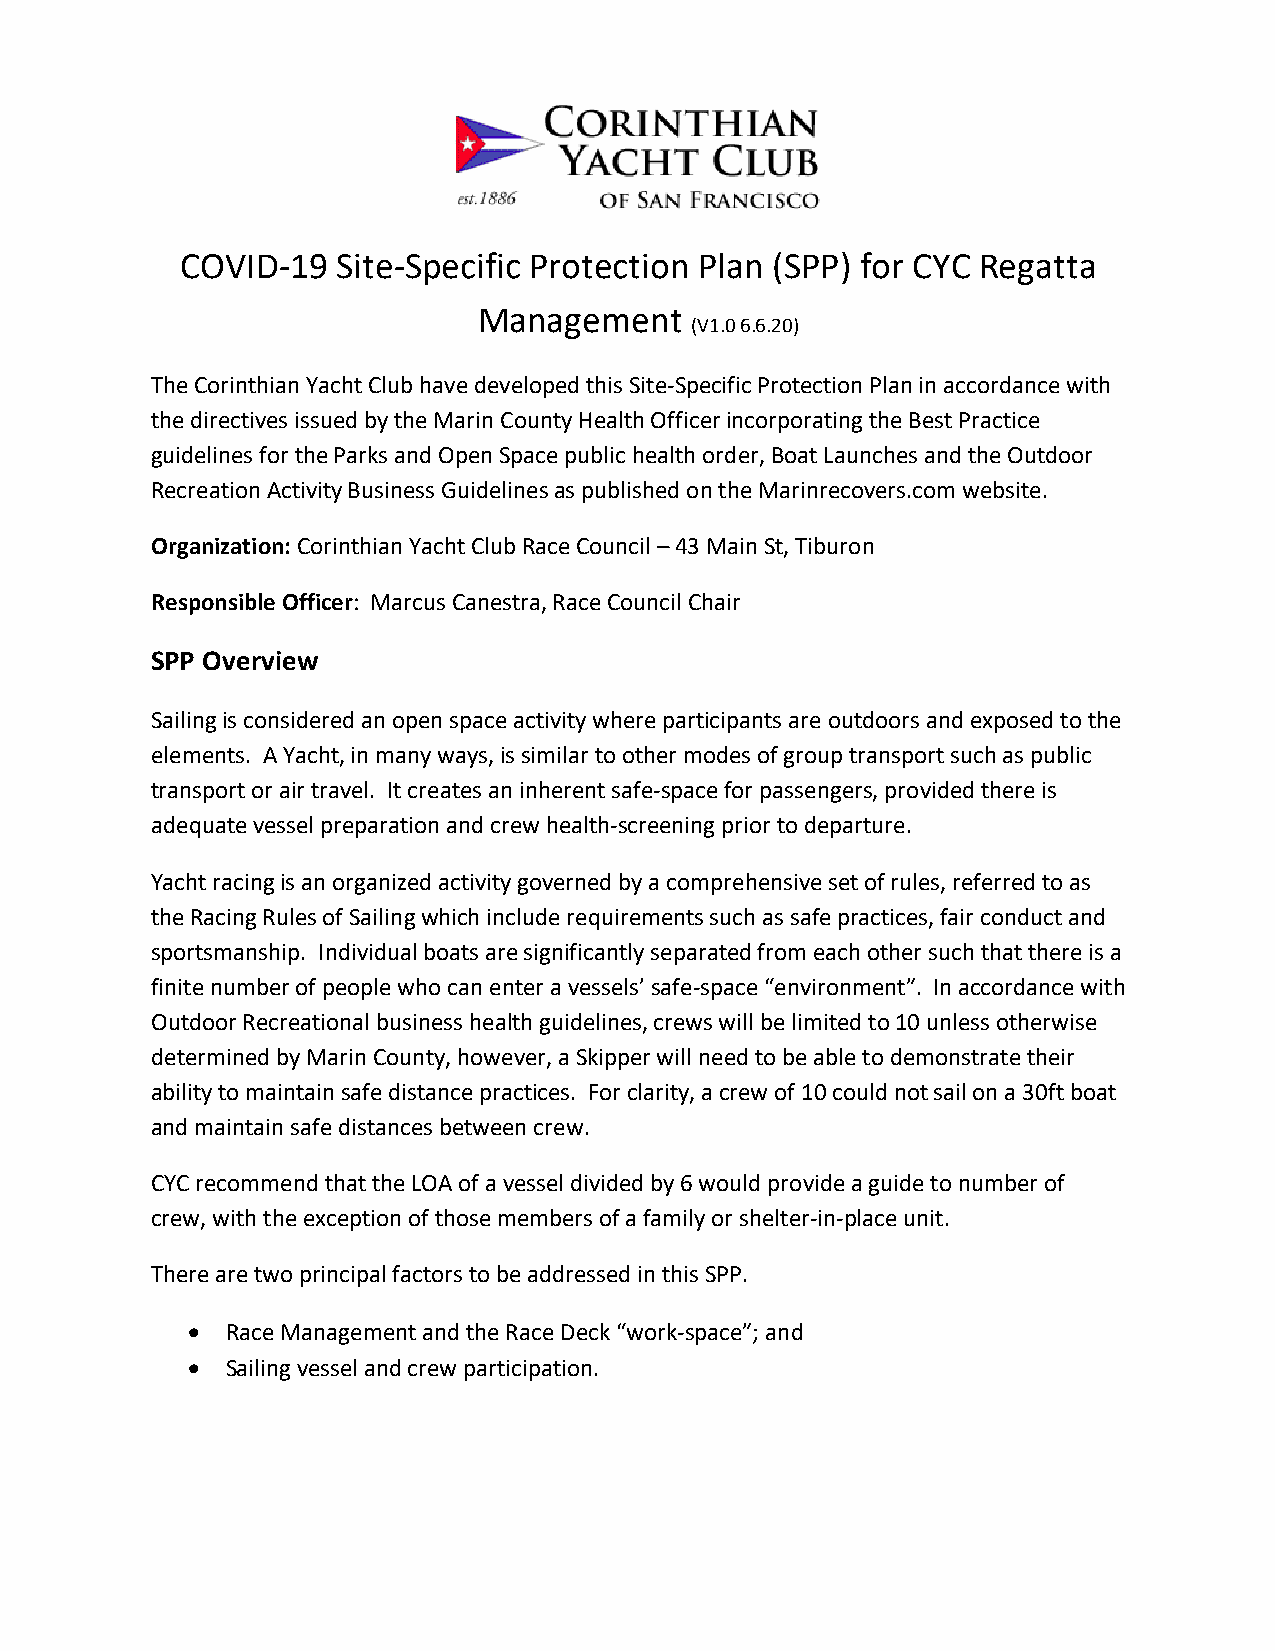
COVID-19  Site-Specific Protection Plan (SPP) for CYC Regatta
 Management
 (V1.0 6.6.20)
 The Corinthian Yacht Club have developed this Site-Specific Protection Plan in accordance with
 the directives issued by the Marin County Health Officer incorporating the Best Practice
 guidelines for the Parks and Open Space public health order, Boat Launches and the Outdoor
 Recreation Activity Business Guidelines as published on the Marinrecovers.com website.
 Organization: Corinthian Yacht Club Race Council – 43 Main St, Tiburon
 Responsible Officer: Marcus Canestra, Race Council Chair
 SPP Overview
 Sailing is considered an open space activity where participants are outdoors and exposed to the
 elements. A Yacht, in many ways, is similar to other modes of group transport such as public
 transport or air travel. It creates an inherent safe-space for passengers, provided there is
 adequate vessel preparation and crew health-screening prior to departure.
 Yacht racing is an organized activity governed by a comprehensive set of rules, referred to as
 the Racing Rules of Sailing which include requirements such as safe practices, fair conduct and
 sportsmanship. Individual boats are significantly separated from each other such that there is a
 finite number of people who can enter a vessels’ safe-space “environment”. In accordance with
 Outdoor Recreational business health guidelines, crews will be limited to 10 unless otherwise
 determined by Marin County, however, a Skipper will need to be able to demonstrate their
 ability to maintain safe distance practices. For clarity, a crew of 10 could not sail on a 30ft boat
 and maintain safe distances between crew.
 CYC recommend that the LOA of a vessel divided by 6 would provide a guide to number of
 crew, with the exception of those members of a family or shelter-in-place unit.
 There are two principal factors to be addressed in this SPP.
 •  Race Management and the Race Deck “work-space”; and
 •  Sailing vessel and crew participation.